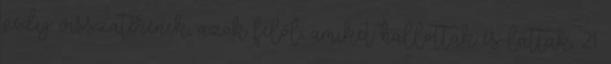
pedig visszatérének, azok felől, amiket hallottak és láttak, 21.